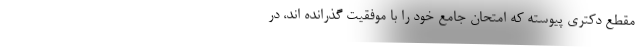
مقطع دکتری پیوسته که امتحان جامع خود را با موفقیت گذرانده اند، در